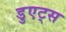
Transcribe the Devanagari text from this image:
डुएट्स